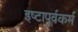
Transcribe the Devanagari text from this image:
इष्टापूर्वकर्म